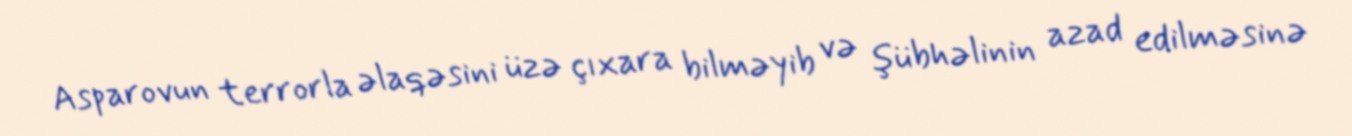
Asparovun terrorla əlaqəsini üzə çıxara bilməyib və şübhəlinin azad edilməsinə